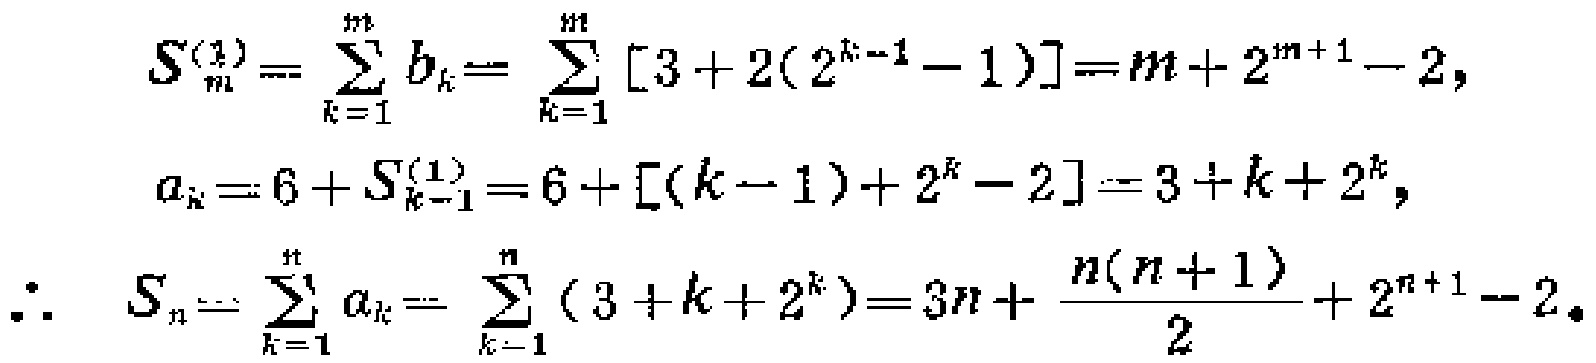
\[
\begin{align*}
S_{m}^{(1)}&=\sum_{k = 1}^{m}b_{k}=\sum_{k = 1}^{m}[3 + 2(2^{k - 1}-1)]=m + 2^{m + 1}-2,\\
a_{k}&=6+S_{k - 1}^{(1)}=6+[(k - 1)+2^{k}-2]=3 + k+2^{k},\\
\therefore S_{n}&=\sum_{k = 1}^{n}a_{k}=\sum_{k = 1}^{n}(3 + k+2^{k})=3n+\frac{n(n + 1)}{2}+2^{n + 1}-2.
\end{align*}
\]